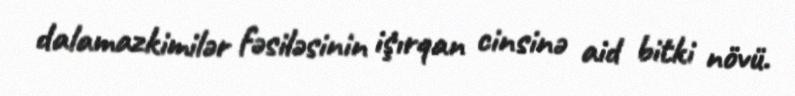
dalamazkimilər fəsiləsinin i̇şırqan cinsinə aid bitki növü.